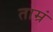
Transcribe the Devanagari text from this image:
ताम्रं